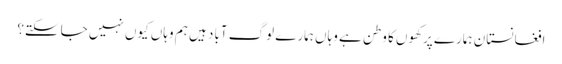
افغانستان ہمارے پرکھوں کا وطن ہے وہاں ہمارے لوگ آباد ہیں ہم وہاں کیوں نہیں جاسکتے؟